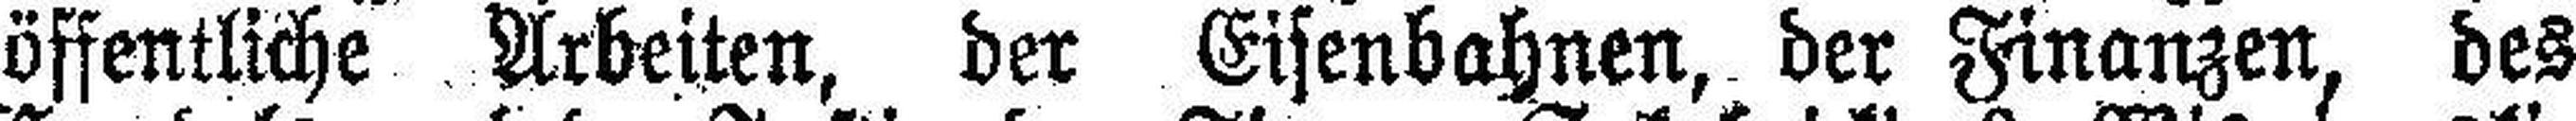
öffentliche Arbeiten, der Eisenbahnen, der Finanzen, des